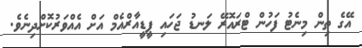
އޭގެ ތިން މިނެޓު ފަހުން ޓްރައޮރޭ ލަނޑު ޖަހައި ޕީޑީއާރްއެމް އަށް އެއްވަރުކޮށްދިނެވެ.